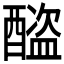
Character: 𨣕